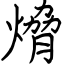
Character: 熁